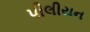
પીલીયન